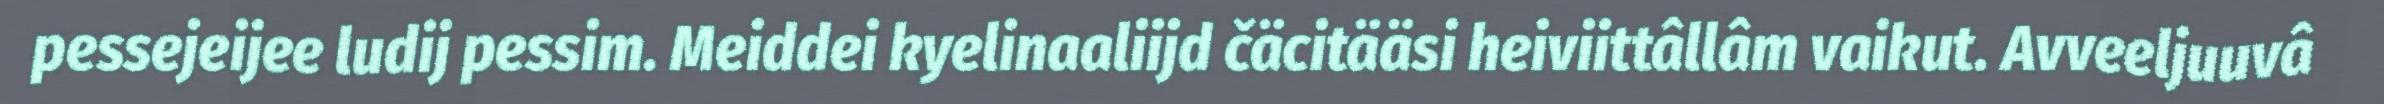
pessejeijee ludij pessim. Meiddei kyelinaaliijd čäcitääsi heiviittâllâm vaikut. Avveeljuuvâ